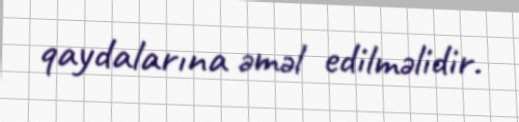
qaydalarına əməl edilməlidir.